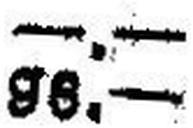
96.—